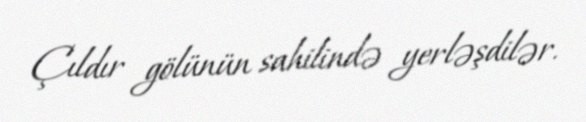
Çıldır gölünün sahilində yerləşdilər.